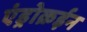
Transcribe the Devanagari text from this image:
एंड्रोक्रईन